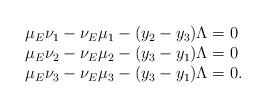
LaTeX: \begin{align*} \left. \begin{array}{l l} \mu_E \nu_1- \nu_E \mu_1 - (y_2-y_3) \Lambda = 0 \\ \mu_E\nu_2 - \nu_E\mu_2 - (y_3-y_1) \Lambda =0 \\ \mu_E\nu_3 - \nu_E\mu_3 - (y_3-y_1) \Lambda = 0. \end{array} \right. \end{align*}